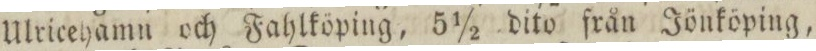
Ulricehamn och Fahlköping, 5 1/2 dito från Jönköping,